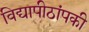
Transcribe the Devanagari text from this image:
विद्यापीठांपकी